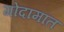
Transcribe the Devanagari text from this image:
गोदामांत